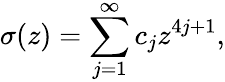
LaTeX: \sigma(z)=\sum_{j=1}^{\infty}{c}_{j}z^{4j+1},